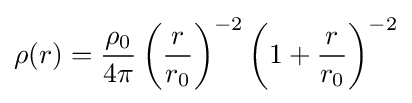
\rho (r)={\rho _{0} \over 4\pi }\left({r \over r_{0}}\right)^{-2}\left(1+{r \over r_{0}}\right)^{-2}